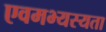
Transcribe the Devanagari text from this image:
एवमभ्यस्यता